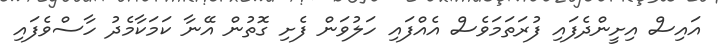
އައިސް އިށީންދެފައި ފުރަތަމަވެސް އެއްފައި ހަލުވަން ފެށި ގޮތުން އޭނާ ކަމަކާމެދު ހާސްވެފައި